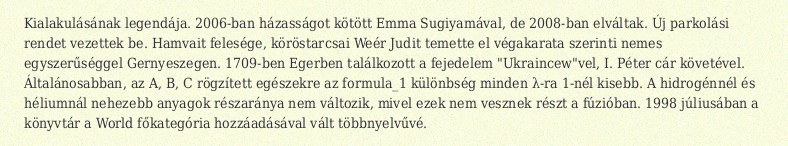
Kialakulásának legendája. 2006-ban házasságot kötött Emma Sugiyamával, de 2008-ban elváltak. Új parkolási rendet vezettek be. Hamvait felesége, köröstarcsai Weér Judit temette el végakarata szerinti nemes egyszerűséggel Gernyeszegen. 1709-ben Egerben találkozott a fejedelem "Ukraincew"vel, I. Péter cár követével. Általánosabban, az A, B, C rögzített egészekre az formula_1 különbség minden λ-ra 1-nél kisebb. A hidrogénnél és héliumnál nehezebb anyagok részaránya nem változik, mivel ezek nem vesznek részt a fúzióban. 1998 júliusában a könyvtár a World főkategória hozzáadásával vált többnyelvűvé.